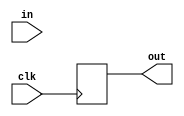
module Fail(out,in,clk);
output reg [27:0] out;
input in,clk;
always @(posedge clk)
begin
case(in)
1'bZ : out <= 28'b1111111111111111111111111111;// no input
1'b0 : out <= 28'b0001110000100011110011000111; // fail
1'b1 : out <= 28'b0001100000100000100100010010; // pass
endcase 
end 
endmodule